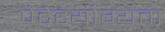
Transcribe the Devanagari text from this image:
पेटेंटयोग्यता